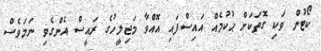
ކޯޓުން ވަކި ގޮތަކަށް ޙުކުމެއް އައިސްފައި އޮއްވާ މަޖިލީހުގެ ރައީސް އެންގެވި ނަމަވެސް